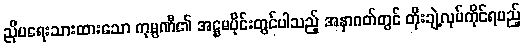
ညိုမရေးသားထားသော ကုမ္ပဏီ၏ အဋ္ဌမပိုင်းတွင်ပါသည့် အနာဂတ်တွင် တိုးချဲ့လုပ်ကိုင်ရမည့်